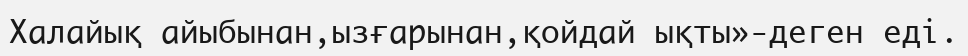
Халайық айыбынан,ызғарынан,қойдай ықты»-деген еді.